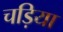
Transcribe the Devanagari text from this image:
चड़िया